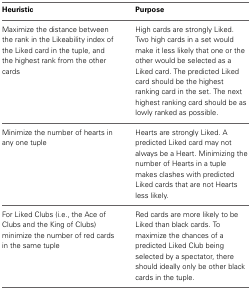
<table><thead><tr><td><b>Heuristic</b></td><td><b>Purpose</b></td></tr></thead><tbody><tr><td>Maximize the distance between the rank in the Likeability index of the Liked card in the tuple, and the highest rank from the other cards</td><td>High cards are strongly Liked. Two high cards in a set would make it less likely that one or the other would be selected as a Liked card. The predicted Liked card should be the highest ranking card in the set. The next highest ranking card should be as lowly ranked as possible.</td></tr><tr><td>Minimize the number of hearts in any one tuple</td><td>Hearts are strongly Liked. A predicted Liked card may not always be a Heart. Minimizing the number of Hearts in a tuple makes clashes with predicted Liked cards that are not Hearts less likely.</td></tr><tr><td>For Liked Clubs (i.e., the Ace of Clubs and the King of Clubs) minimize the number of red cards in the same tuple</td><td>Red cards are more likely to be Liked than black cards. To maximize the chances of a predicted Liked Club being selected by a spectator, there should ideally only be other black cards in the tuple.</td></tr></tbody></table>